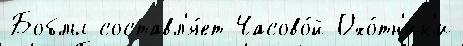
Боблы составл'я́ет Часово́й Охо́тн'ик'и